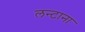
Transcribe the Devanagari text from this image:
लन्टाना